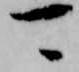
可